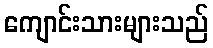
ကျောင်းသားများသည်